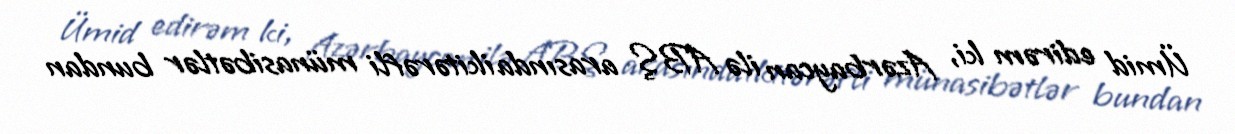
Ümid edirəm ki, Azərbaycan ilə ABŞ arasında ikitərəfli münasibətlər bundan